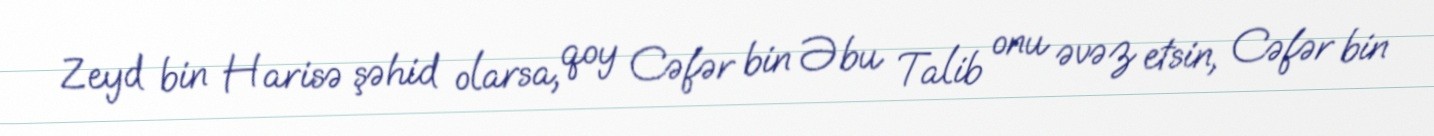
Zeyd bin Harisə şəhid olarsa, qoy Cəfər bin Əbu Talib onu əvəz etsin, Cəfər bin